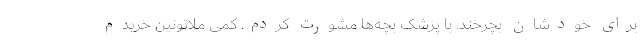
برای خودشان بچرخند. با پزشک بچه‌ها مشورت کردم. کمی ملاتونین خریدم